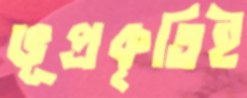
ভূপ্রকৃতিই